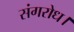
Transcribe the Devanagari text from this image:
संगरोध।